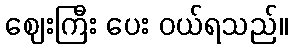
ဈေးကြီး ပေး ဝယ်ရသည်။